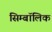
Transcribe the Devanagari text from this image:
सिम्बॉलिक